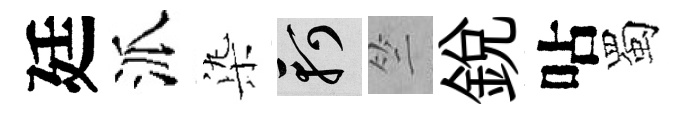
廷派𣑱軻竺銳呫蜀